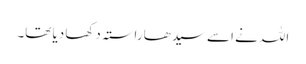
اللہ نے اسے سیدھا راستہ دکھا دیا تھا۔